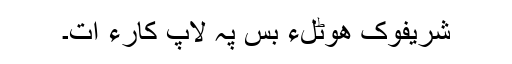
شریفوک ھوٹلءَ بس پہ لاپ کارءَ اَت۔